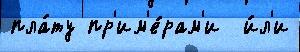
пла́ту пр'им'е́рам'и  и́л'и